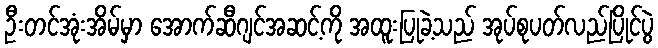
ဦးတင်အုံးအိမ်မှာ အောက်ဆီဂျင်အဆင့်ကို အထူးပြုခဲ့သည် အုပ်စုပတ်လည်ပြိုင်ပွဲ